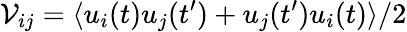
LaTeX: \mathcal{V}_{ij}=\langle u_{i}(t)u_{j}(t^{\prime})+u_{j}(t^{\prime})u_{i}(t)\rangle/2